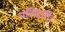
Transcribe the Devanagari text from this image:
बलिहारी।